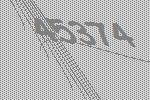
45374